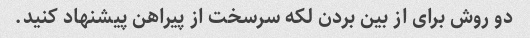
دو روش برای از بین بردن لکه سرسخت از پیراهن پیشنهاد کنید.